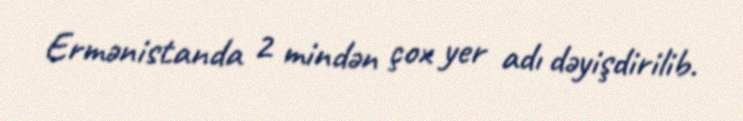
Ermənistanda 2 mindən çox yer adı dəyişdirilib.